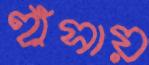
হাঁসায়